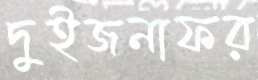
দুইজনাফর